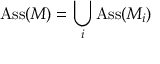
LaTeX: \operatorname { A s s } ( M ) = \bigcup _ { i } \operatorname { A s s } ( M _ { i } )